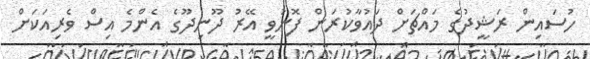
ހުސައިން ރަޝީދުގެ މައްޗަށް ދައުވާކުރަން ފޮނުވީ އޭރު ދޫނިދޫގެ އެންމެ އިސް ވެރިއަކަށް